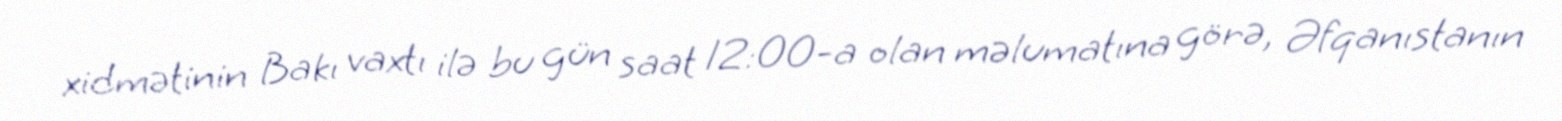
xidmətinin Bakı vaxtı ilə bu gün saat 12:00-a olan məlumatına görə, Əfqanıstanın